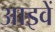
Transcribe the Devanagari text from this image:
आइवें